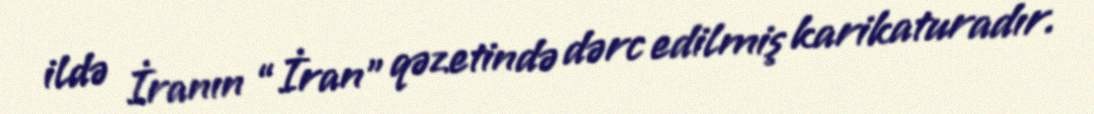
ildə İranın “İran” qəzetində dərc edilmiş karikaturadır.